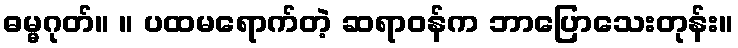
ဓမ္မဂုတ်။ ။ ပထမရောက်တဲ့ ဆရာဝန်က ဘာပြောသေးတုန်း။